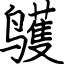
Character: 鹱